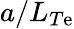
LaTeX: a/L_{T\mathrm{e}}